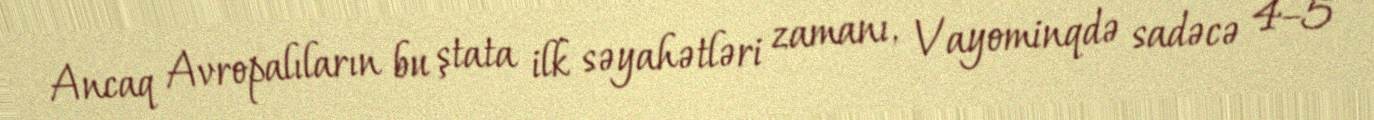
Ancaq Avropalıların bu ştata ilk səyahətləri zamanı, Vayominqdə sadəcə 4–5